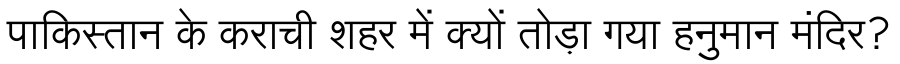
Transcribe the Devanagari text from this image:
पाकिस्तान के कराची शहर में क्यों तोड़ा गया हनुमान मंदिर?